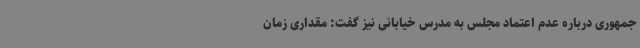
جمهوری درباره عدم اعتماد مجلس به مدرس خیابانی نیز گفت: مقداری زمان